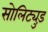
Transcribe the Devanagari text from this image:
सोलिट्युड़